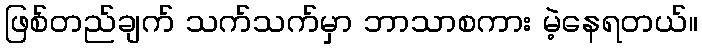
ဖြစ်တည်ချက် သက်သက်မှာ ဘာသာစကား မဲ့နေရတယ်။